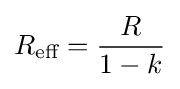
R_{\text{eff}}={\frac {R}{1-k}}